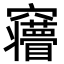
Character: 𮄦